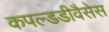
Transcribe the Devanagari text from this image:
कपल्डडीवैसेस